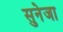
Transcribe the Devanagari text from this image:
सुनेजा